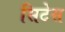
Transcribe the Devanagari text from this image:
सिटेस